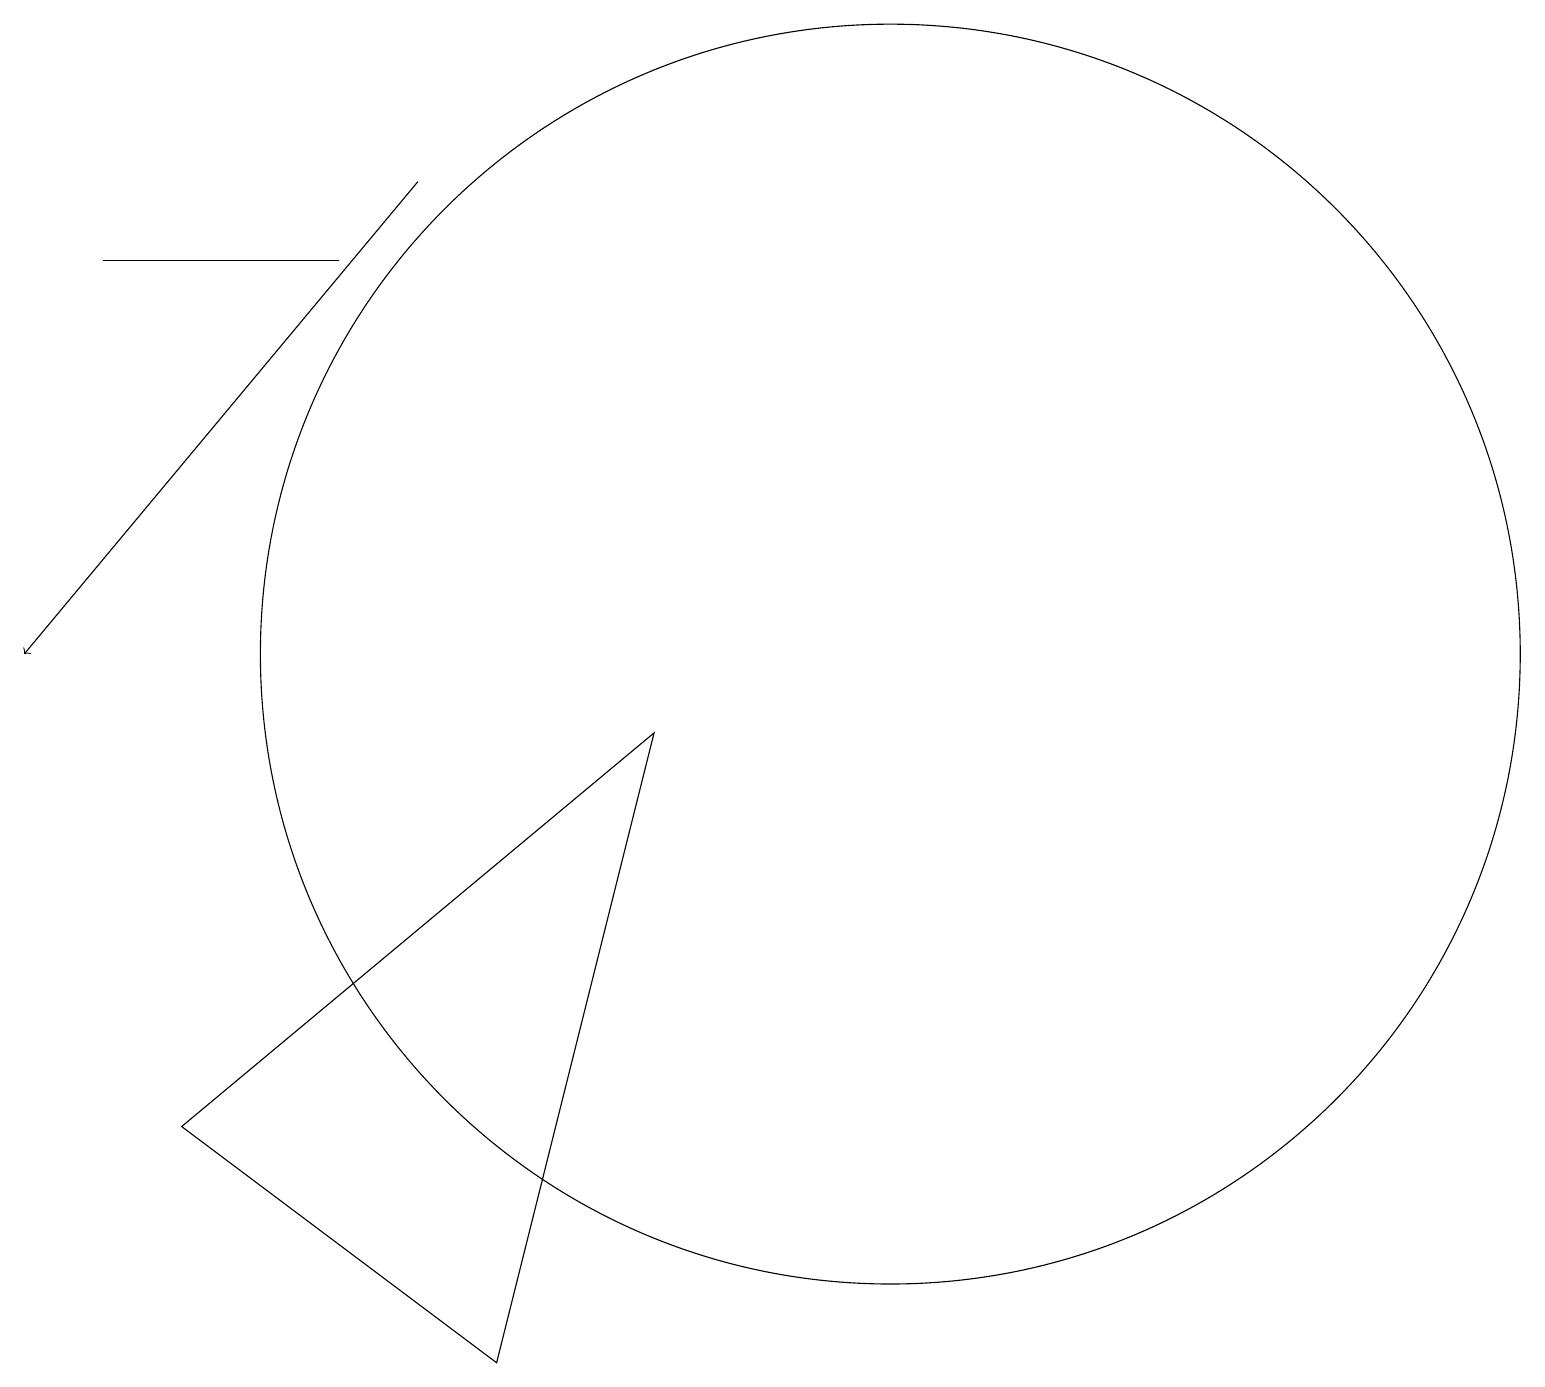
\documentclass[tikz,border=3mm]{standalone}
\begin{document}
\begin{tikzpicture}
\draw (4,15) rectangle (1,15);
\draw[->] (5,16) -- (0,10);
\draw (11,10) circle (8);
\draw (6,1) -- (8,9) -- (2,4) -- cycle;
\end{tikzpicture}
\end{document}